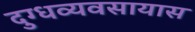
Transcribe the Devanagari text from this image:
दुग्धव्यवसायास